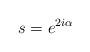
LaTeX: \begin{align*}s=e^{2i\alpha}\end{align*}